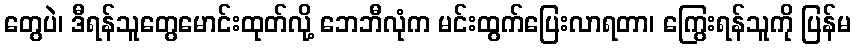
တွေပဲ၊ ဒီရန်သူတွေမောင်းထုတ်လို့ ဘေဘီလုံက မင်းထွက်ပြေးလာရတာ၊ ကြွေးရန်သူကို ပြန်မ